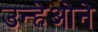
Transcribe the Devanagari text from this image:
उन्हेओने